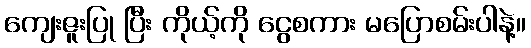
ကျေးဇူးပြု ပြီး ကိုယ့်ကို ငွေစကား မပြောစမ်းပါနဲ့။